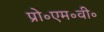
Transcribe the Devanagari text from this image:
प्रो॰एम॰वी॰